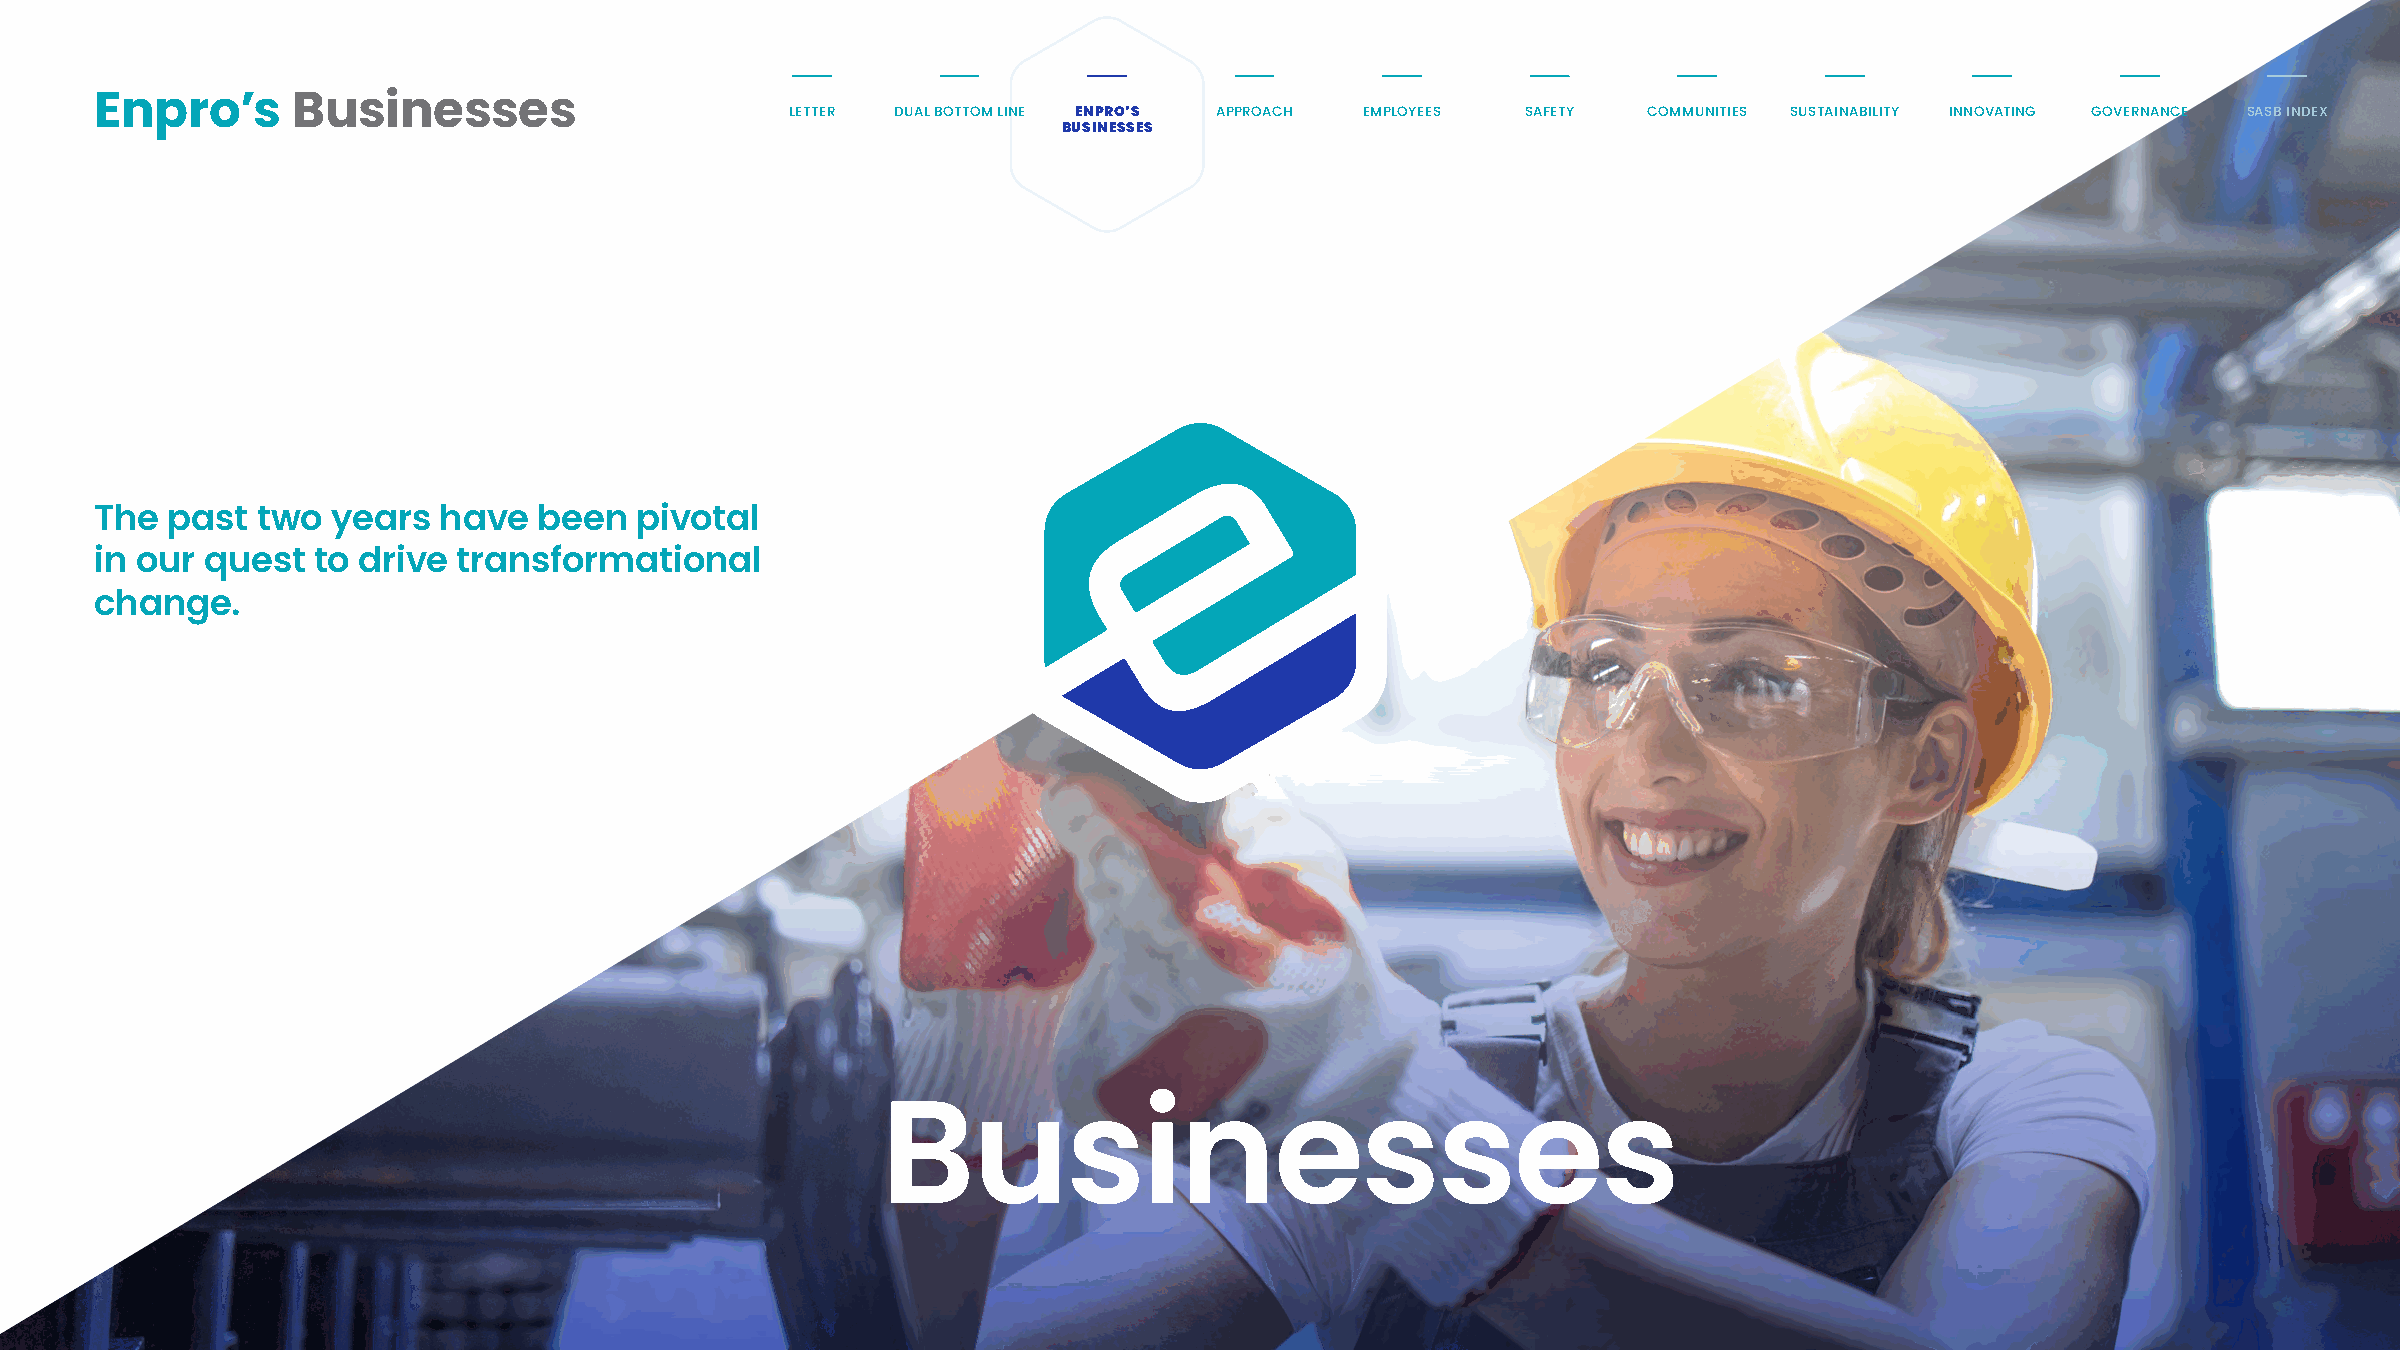
Enpro’s      Businesses                       LETTER DUAL BOTTOM LINE ENPRO’S APPROACH EMPLOYEES SAFETY COMMUNITIES SUSTAINABILITY INNOVATING GOVERNANCE SASB INDEX
 BUSINESSES
 The  past  two  years  have   been  pivotal
 in our  quest  to drive transformational
 change.
 Businesses